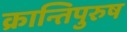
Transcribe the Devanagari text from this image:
क्रान्तिपुरुष